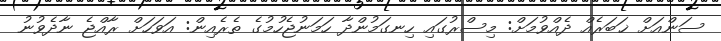
ސަންއަށް ޚަބަރެއް ދެއްވުމަށް: މިސްރުގައި ހިނގަމުންދާ ހަމަނުޖެހުމުގެ ތެރެއިން: އަވަހަށް ރާއްޖެ ނާދެވުނު